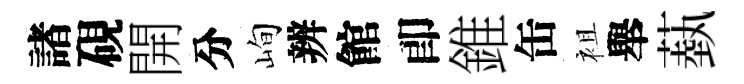
諸硯開分峋辨館卽錐缶袓舉蓺